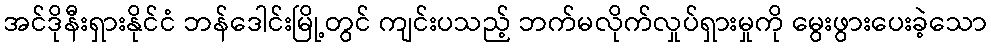
အင်ဒိုနီးရှားနိုင်ငံ ဘန်ဒေါင်းမြို့တွင် ကျင်းပသည့် ဘက်မလိုက်လှုပ်ရှားမှုကို မွေးဖွားပေးခဲ့သော